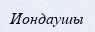
Иондаушы